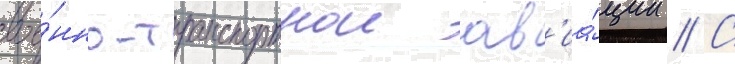
вое́нно-транспортнои ав'иа́ции // С